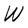
Character: W